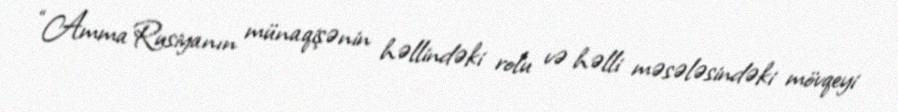
“Amma Rusiyanın münaqişənin həllindəki rolu və həlli məsələsindəki mövqeyi